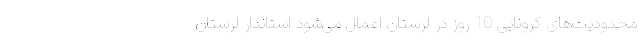
محدودیت‌های کرونایی 10 روز در لرستان اعمال می‌شود استاندار لرستان